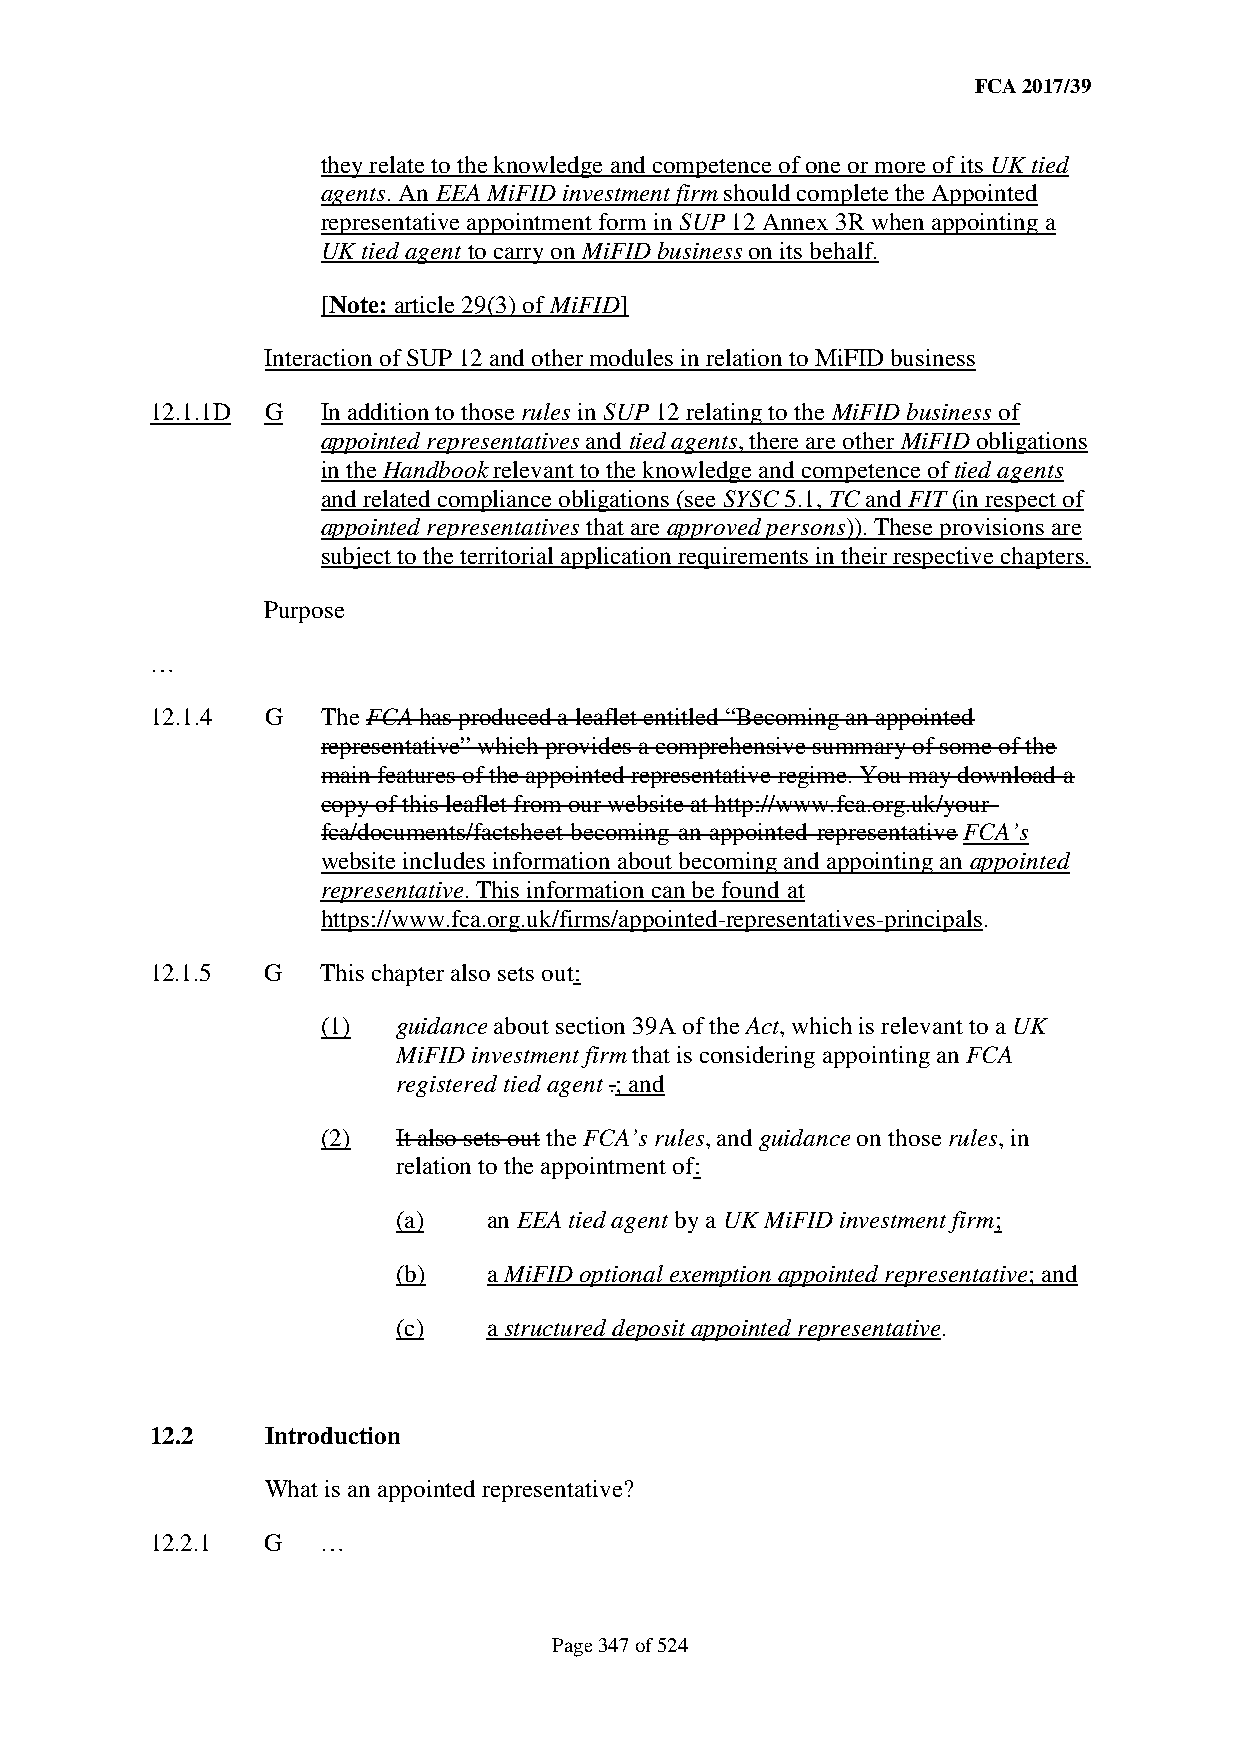
FCA 2017/39
 they relate to the knowledge and competence of one or more of its UK tied
 agents. An EEA MiFID investment firm should complete the Appointed
 representative appointment form in SUP 12 Annex 3R when appointing a
 UK tied agent to carry on MiFID business on its behalf.
 [Note: article 29(3) of MiFID]
 Interaction of SUP 12 and other modules in relation to MiFID business
 12.1.1D G  In addition to those rules in SUP 12 relating to the MiFID business of
 appointed representatives and tied agents, there are other MiFID obligations
 in the Handbook relevant to the knowledge and competence of tied agents
 and related compliance obligations (see SYSC 5.1, TC and FIT (in respect of
 appointed representatives that are approved persons)). These provisions are
 subject to the territorial application requirements in their respective chapters.
 Purpose
 …
 12.1.4  G  The FCA has produced a leaflet entitled “Becoming an appointed
 representative” which provides a comprehensive summary of some of the
 main features of the appointed representative regime. You may download a
 copy of this leaflet from our website at http://www.fca.org.uk/your-
 fca/documents/factsheet-becoming-an-appointed-representative FCA’s
 website includes information about becoming and appointing an appointed
 representative. This information can be found at
 https://www.fca.org.uk/firms/appointed-representatives-principals.
 12.1.5  G  This chapter also sets out:
 (1)  guidance about section 39A of the Act, which is relevant to a UK
 MiFID investment firm that is considering appointing an FCA
 registered tied agent .; and
 (2)  It also sets out the FCA’s rules, and guidance on those rules, in
 relation to the appointment of:
 (a)   an EEA tied agent by a UK MiFID investment firm;
 (b)   a MiFID optional exemption appointed representative; and
 (c)   a structured deposit appointed representative.
 12.2    Introduction
 What is an appointed representative?
 12.2.1  G  …
 Page 347 of 524